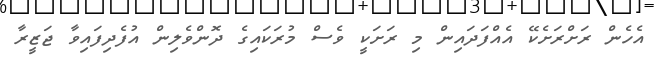
އެހެން ރަށްރަށެކޭ އެއްފަދައިން މި ރަށަކީ ވެސް މުރަކައިގެ ދޮންވެލިން އުފެދިފައިވާ ޖަޒީރާ